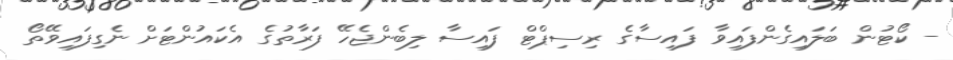
- ކޯޓުން ބަލައިގެންފައިވާ ފައިސާގެ ރިސިޕްޓް ފައިސާ ލިބެންޖެހޭ ފަރާތުގެ އެކައުންޓަށް ނެގިފައިވޭތޯ